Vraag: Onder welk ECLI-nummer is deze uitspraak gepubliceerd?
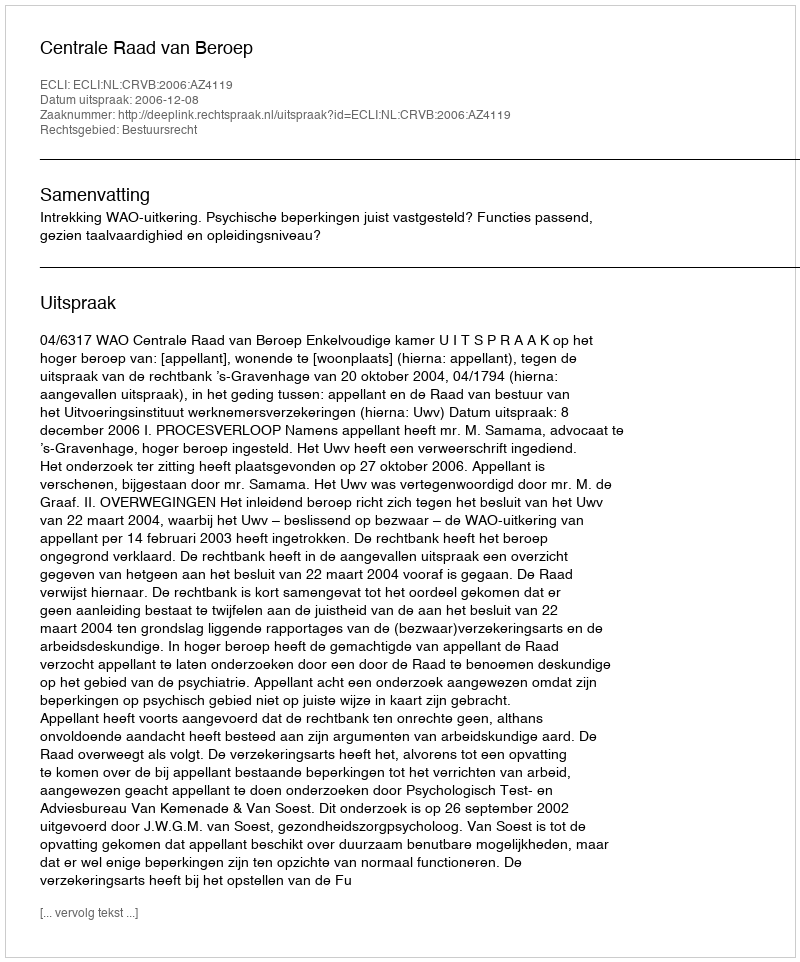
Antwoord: ECLI:NL:CRVB:2006:AZ4119